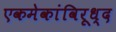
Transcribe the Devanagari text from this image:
एकमेकांविरूध्द